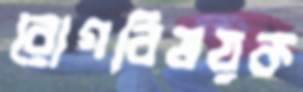
রোগবিষয়ক